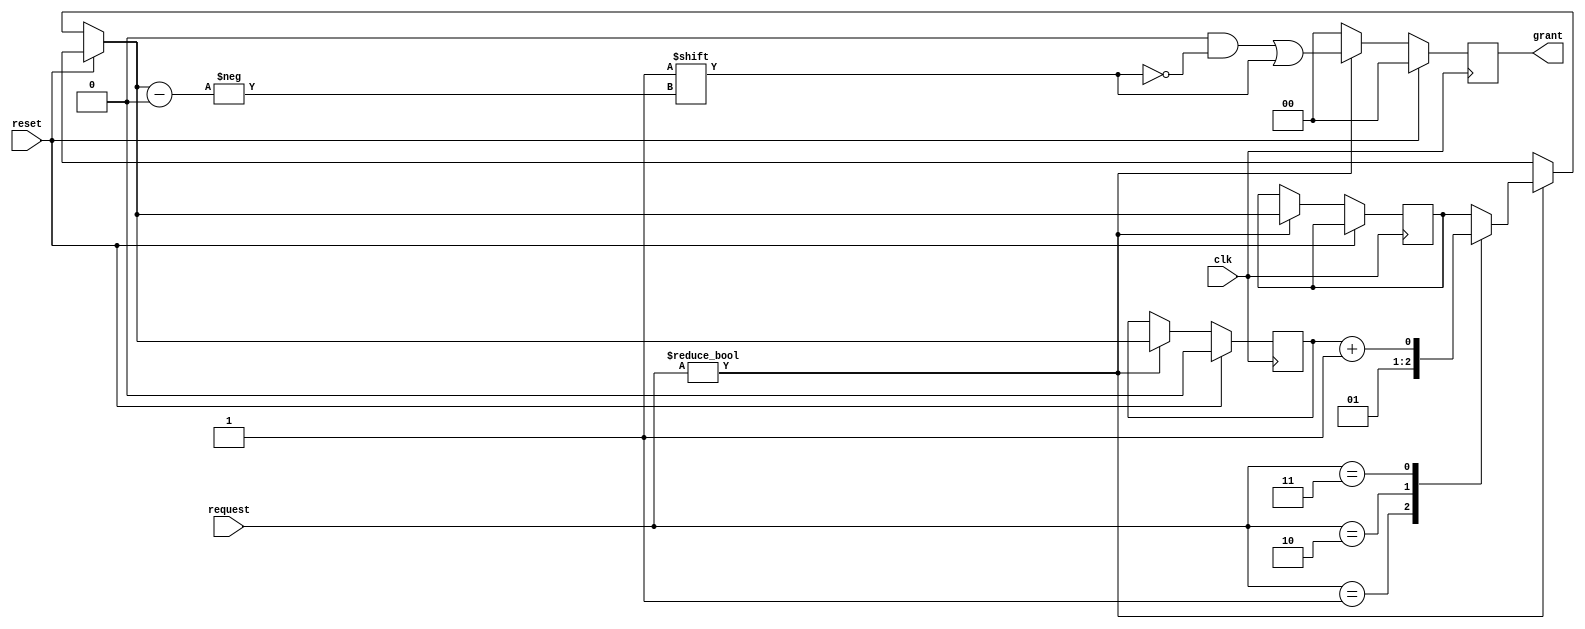
module rrarb 
  (
   input [1:0] 	    request,
   output reg [1:0] grant,
   input 	    reset,
   input 	    clk
   );

   reg 		    last_winner;
   always@(posedge clk) begin
      grant <= 2'b00;
      if(reset)
	last_winner <= 1'b0;
      else
	if(request != 2'b00) begin:find_winner
	   reg winner;
	   case(request)
	     2'b01: winner = 0;
	     2'b10: winner = 1;
	     2'b11: winner = last_winner+1;
	   endcase // case (request)
	   grant[winner] <= 1'b1;
	   last_winner <= winner;
	end:find_winner
   end
   
endmodule